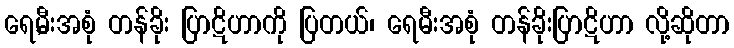
ရေ,မီးအစုံ တန်ခိုး ပြာဋိဟာကို ပြတယ်၊ ရေမီးအစုံ တန်ခိုးပြာဋိဟာ လို့ဆိုတာ